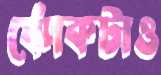
ঝোঁকটাও